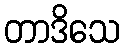
တာဒိသေ